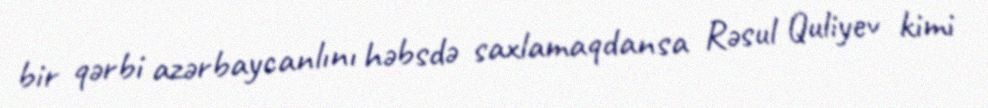
bir qərbi azərbaycanlını həbsdə saxlamaqdansa Rəsul Quliyev kimi